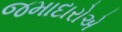
જમાદારોએ